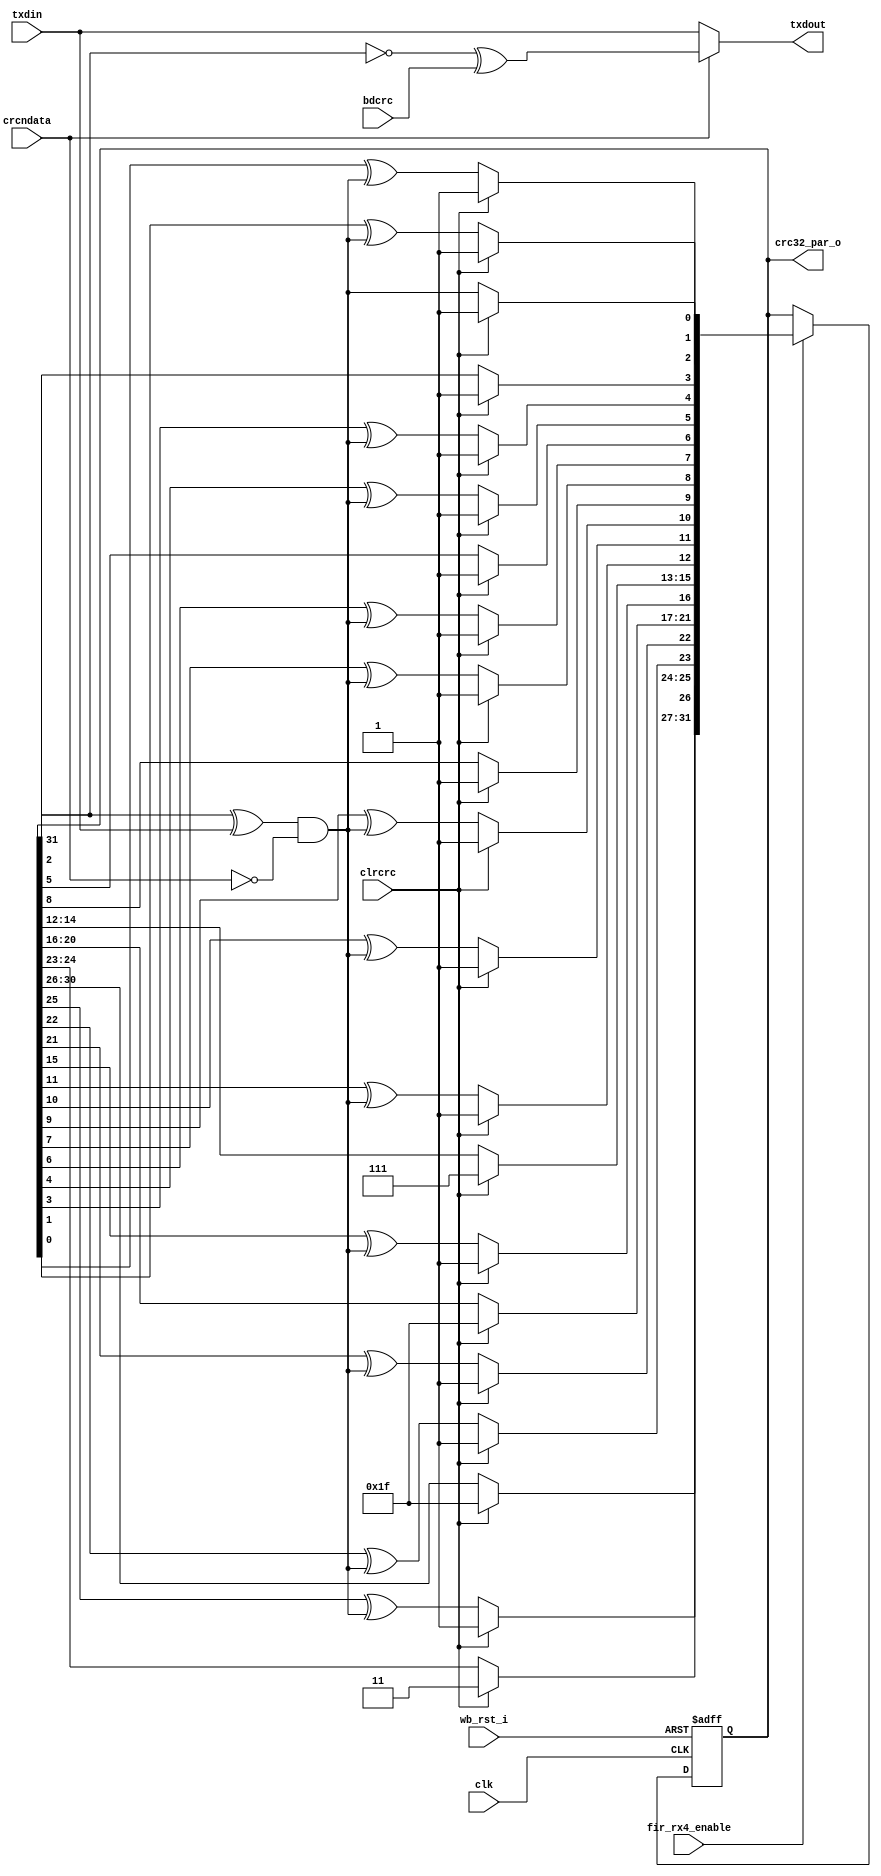
module irda_crc32_rx(clk, wb_rst_i, clrcrc, fir_rx4_enable, txdin, crcndata,txdout,bdcrc, crc32_par_o);
/* ************************************************************************* */
// compute 802.X CRC x32 x26 x23 x22 x16 x12 x11 x10 x8 x7 x5 x4 x2 x + 1
// on serial bit stream.
/* ************************************************************************* */
/* bdcrc is input signal used to send a bad crc for test purposes */

input clrcrc,clk,txdin,wb_rst_i,bdcrc, crcndata;
input fir_rx4_enable;

output txdout;
output [31:0] crc32_par_o;

wire [31:0] crc32_par_o;

reg [31:0] nxtxcrc,txcrc;
/* ************************************************************************* */
// XOR data stream with output of CRC register and create input stream
// if crcndata is low, feed a 0 into input to create virtual shift reg
/* ************************************************************************* */
wire crcshin = (txcrc[31] ^ txdin)& ~crcndata;
/* ************************************************************************* */
// combinatorial logic to implement polynomial
/* ************************************************************************* */
always @ (txcrc or clrcrc or crcshin)
begin
	if (clrcrc)
		nxtxcrc			<= #1  32'hffffffff;
	else begin
		nxtxcrc[31:27] <= #1  txcrc[30:26];
		nxtxcrc[26]		<= #1  txcrc[25] ^ crcshin; // x26
		nxtxcrc[25:24] <= #1  txcrc[24:23];
		nxtxcrc[23]		<= #1  txcrc[22] ^ crcshin; // x23
		nxtxcrc[22]		<= #1  txcrc[21] ^ crcshin; // x22
		nxtxcrc[21:17] <= #1  txcrc[20:16];
		nxtxcrc[16]		<= #1  txcrc[15] ^ crcshin; // x16
		nxtxcrc[15:13] <= #1  txcrc[14:12];
		nxtxcrc[12]		<= #1  txcrc[11] ^ crcshin; // x12
		nxtxcrc[11]		<= #1  txcrc[10] ^ crcshin; // x11
		nxtxcrc[10]		<= #1  txcrc[9] ^ crcshin; // x10
		nxtxcrc[9]		<= #1  txcrc[8];
		nxtxcrc[8]		<= #1  txcrc[7] ^ crcshin; // x8
		nxtxcrc[7]		<= #1  txcrc[6] ^ crcshin; // x7
		nxtxcrc[6]		<= #1  txcrc[5];
		nxtxcrc[5]		<= #1  txcrc[4] ^ crcshin; // x5
		nxtxcrc[4]		<= #1  txcrc[3] ^ crcshin; // x4
		nxtxcrc[3]		<= #1  txcrc[2];
		nxtxcrc[2]		<= #1  txcrc[1] ^ crcshin; // x2
		nxtxcrc[1]		<= #1  txcrc[0] ^ crcshin; // x1
		nxtxcrc[0]		<= #1  crcshin; // +1
	end
end
/* ********************************************************************** */
// infer 32 flops for storage, include async reset asserted high
/* ********************************************************************** */
always @ (posedge clk or posedge wb_rst_i)
begin
	if (wb_rst_i)
		txcrc <= #1  32'hffffffff;
	else if (fir_rx4_enable)
		txcrc <= #1  nxtxcrc; // load D input (nxtxcrc) into flops
end
/* ********************************************************************** */
// normally crc is inverted as it is sent out
// input signal badcrc is asserted to append bad CRC to packet for
// testing, this is an implied mux with control signal crcndata
// if crcndata = 0 , the data is passed by unchanged, if = 1 then
// the crc register is inverted and transmitted.
/* ********************************************************************** */
wire txdout = (crcndata) ? (~txcrc[31] ^ bdcrc) : txdin; // don't invert
assign crc32_par_o = txcrc;
// if bdcrc is 1
endmodule